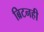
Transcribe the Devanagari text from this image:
ब्रिटनही